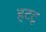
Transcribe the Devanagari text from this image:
हटटू